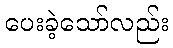
ပေးခဲ့သော်လည်း